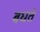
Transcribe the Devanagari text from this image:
बधते